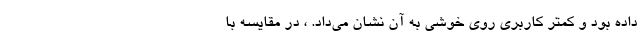
داده بود و کمتر کاربری روی خوشی به آن نشان می‌داد. ، در مقایسه با